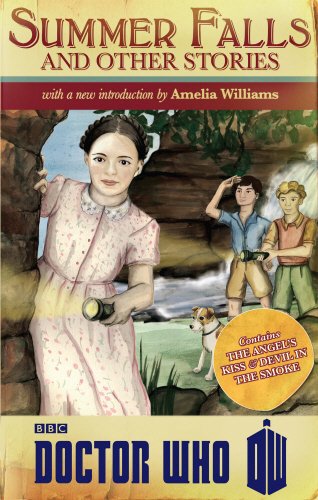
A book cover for Doctor Who: Summer Falls and Other Stories; Amelia Williams; Science Fiction & Fantasy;